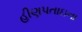
હીણપતાઇના